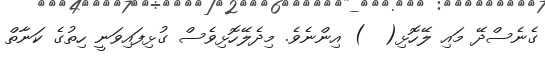
ގެނެސްދޭ މައި ލޭހޮޅި(  ) އިންނެވެ. މިދެލޭހޮޅިވެސް ގުޅިފައިވަނީ ހިތުގެ ކަނާތް